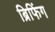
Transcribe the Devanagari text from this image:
ब्रिफिंग